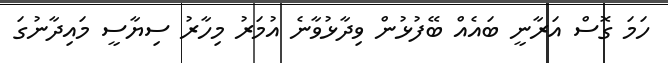
ހަމަ ގޮސް އަރާނީ ބައެއް ބޭފުޅުން ވިދާޅުވާނެ އުމަރު މިހާރު ސިޔާސީ މައިދާނުގަ